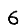
Digit: 6